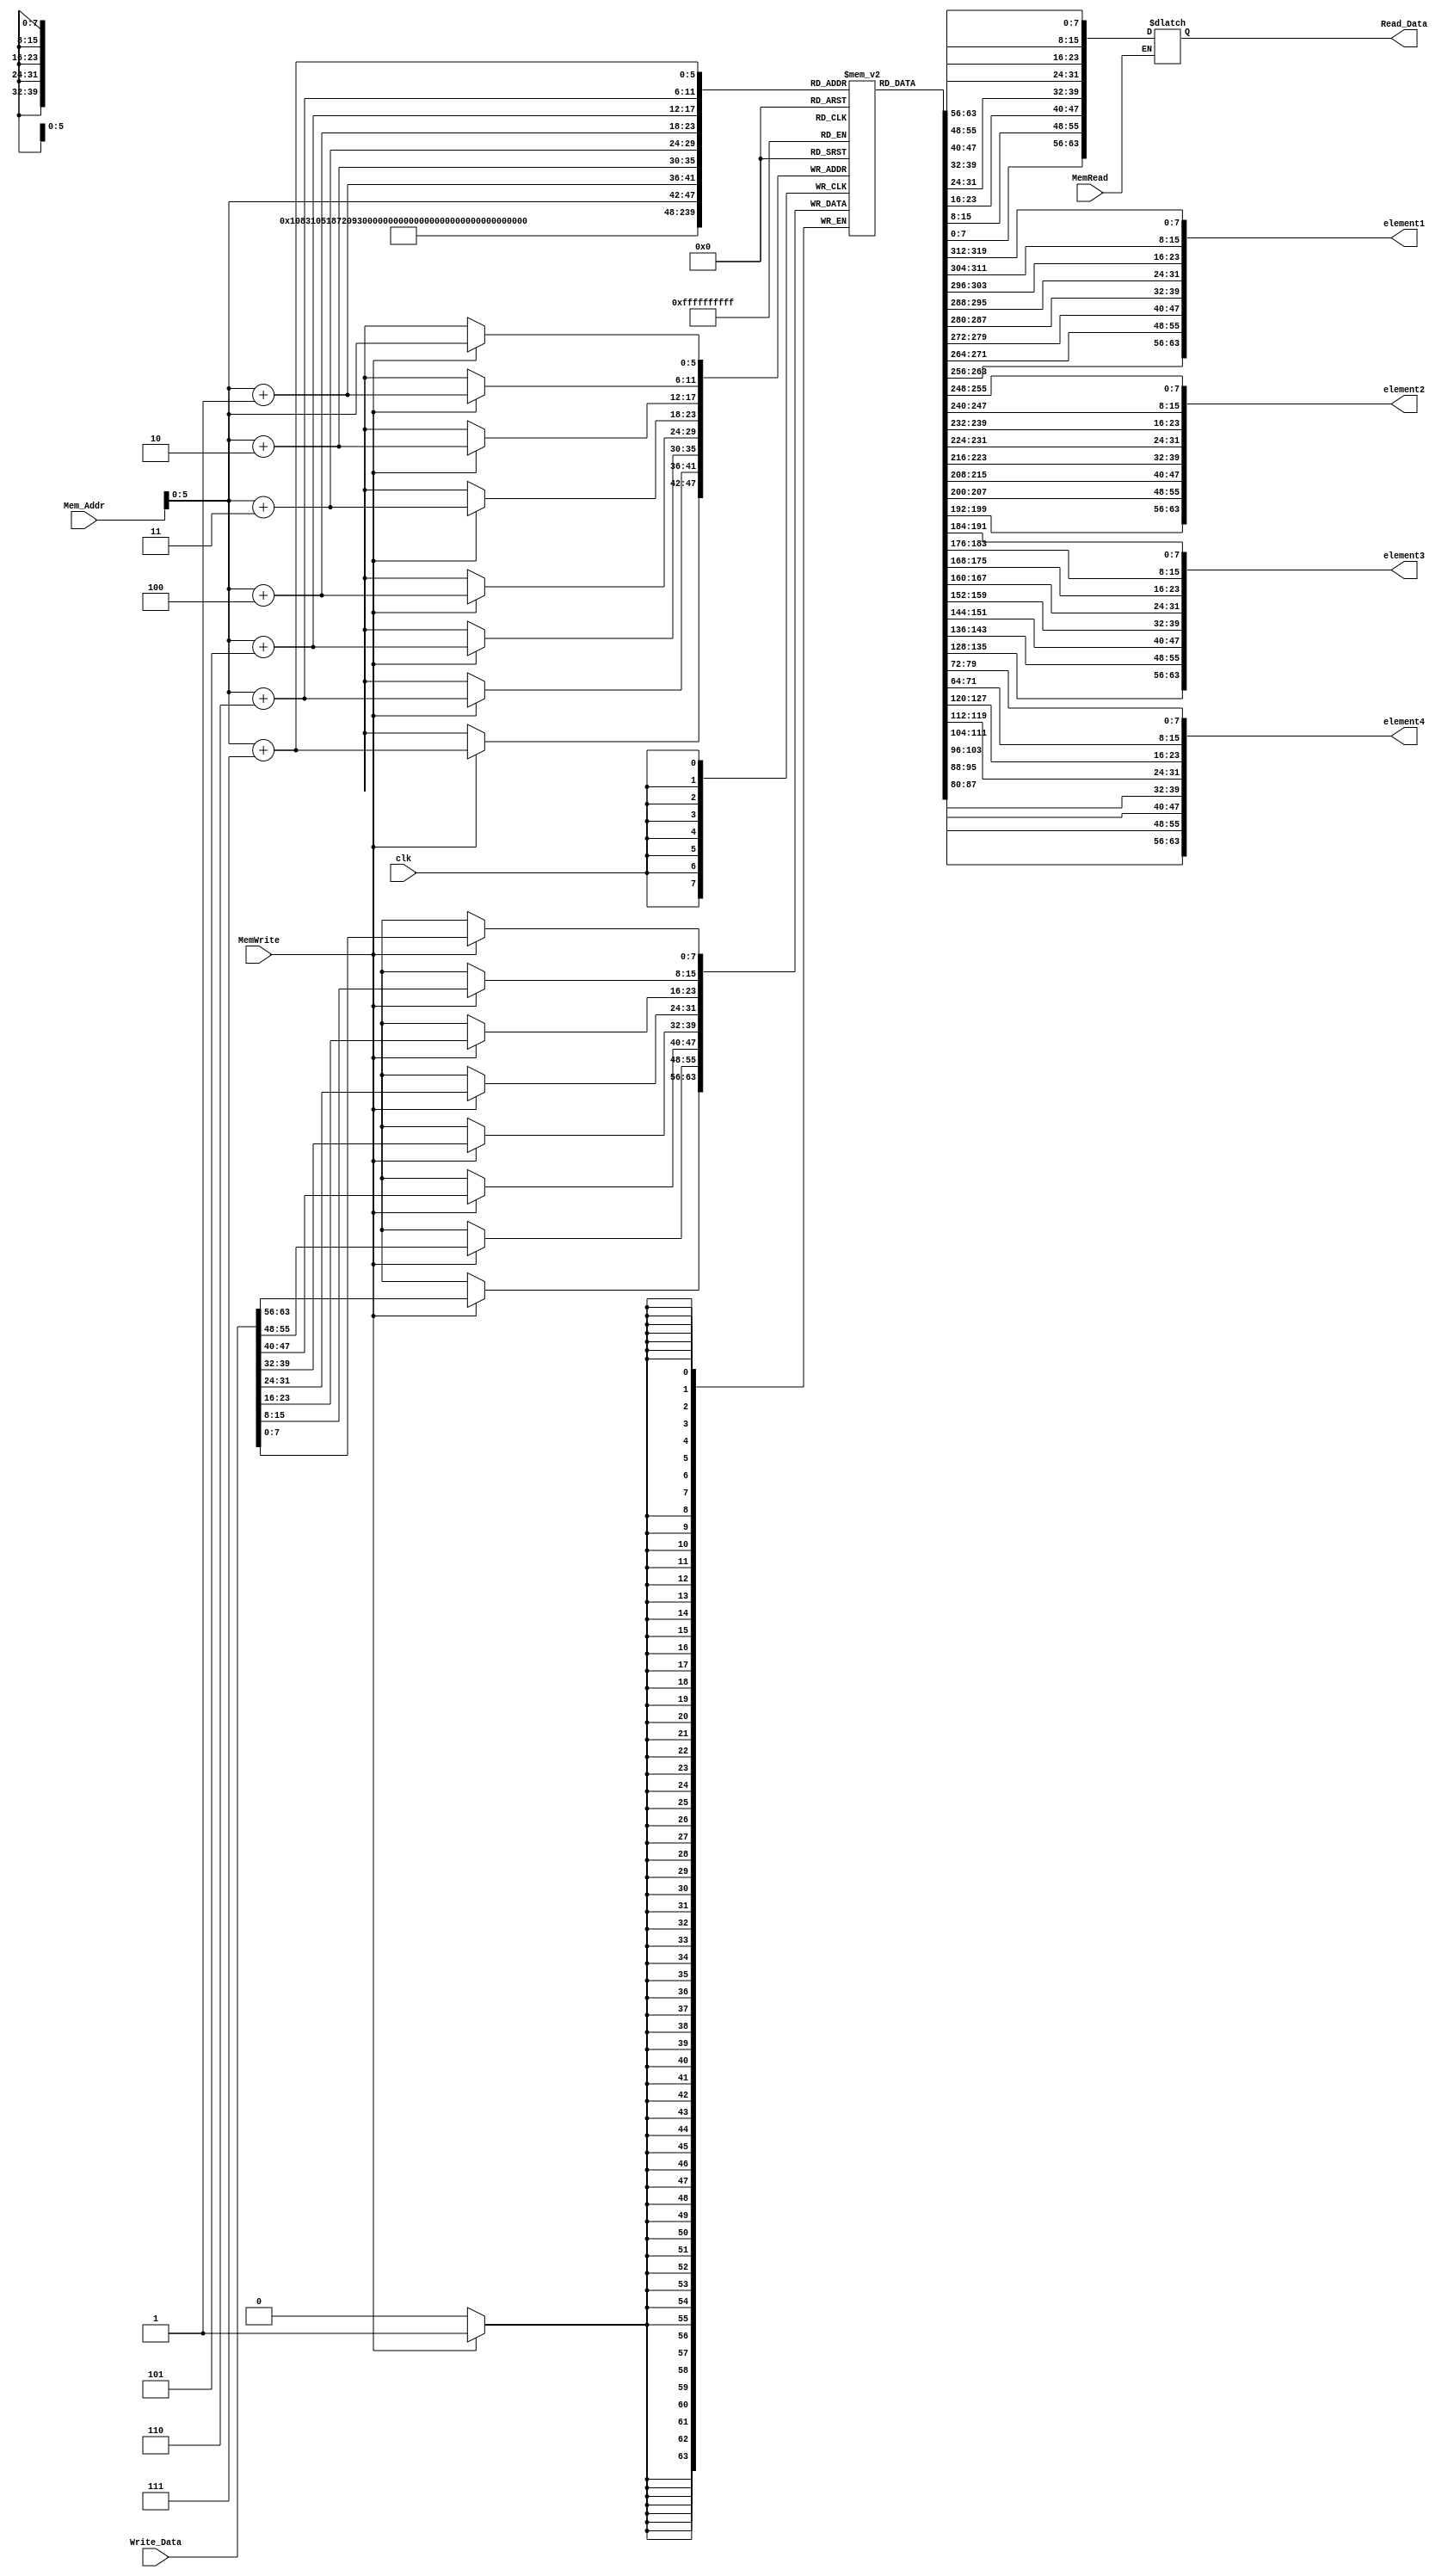
module Data_Memory(
	input [63:0] Mem_Addr, Write_Data,
	input clk, MemWrite, MemRead,
	output reg [63:0] Read_Data,
	output [63:0] element1,
    output [63:0] element2,
    output [63:0] element3,
    output [63:0] element4
);

 reg [7:0] DataMemory [63:0]; 
  integer i;
  integer x;
  
   initial  
    begin 
      for (i = 0; i < 64; i = i + 1)
      begin 
        DataMemory[i] = 0;
      end

     
 
      
    end 
  assign element1 ={DataMemory[7],DataMemory[6],  DataMemory[5] , DataMemory[4] , DataMemory[3] , DataMemory[2] , DataMemory[1] , DataMemory[0]}; 
  assign element2 = {DataMemory[15], DataMemory[14], DataMemory[13] , DataMemory[12] , DataMemory[11], DataMemory[10] , DataMemory[9] , DataMemory[8]}; 
assign element3 = {DataMemory[23],DataMemory[22],DataMemory[21],DataMemory[20],DataMemory[19],DataMemory[18],DataMemory[17],DataMemory[16]} ; 
 assign element4= {DataMemory[31] ,DataMemory[30], DataMemory [29], DataMemory[28], DataMemory[27] , DataMemory[26] ,DataMemory[25] ,DataMemory[24]};
   

  
  
  always @( posedge clk)
    begin
    if (MemWrite == 1'b1)
    begin
      DataMemory[Mem_Addr] = Write_Data[7:0];
      DataMemory[Mem_Addr + 1] = Write_Data[15:8];
      DataMemory[Mem_Addr + 2] = Write_Data[23:16];
      DataMemory[Mem_Addr + 3] = Write_Data[31:24];
      DataMemory[Mem_Addr + 4] = Write_Data[39:32];
      DataMemory[Mem_Addr + 5] = Write_Data[47:40];
      DataMemory[Mem_Addr + 6] = Write_Data[55:48];
      DataMemory[Mem_Addr + 7] = Write_Data[63:56];
    end
    end
  always @(*)
    begin
      if (MemRead == 1'b1)
        begin
      Read_Data = {DataMemory[Mem_Addr + 7], DataMemory[Mem_Addr + 6],DataMemory[Mem_Addr + 5], DataMemory[Mem_Addr + 4], DataMemory[Mem_Addr + 3], DataMemory[Mem_Addr + 2],DataMemory[Mem_Addr + 1], DataMemory[Mem_Addr]};
        end
      
    end
endmodule